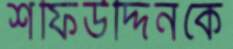
শফিউদ্দিনকে